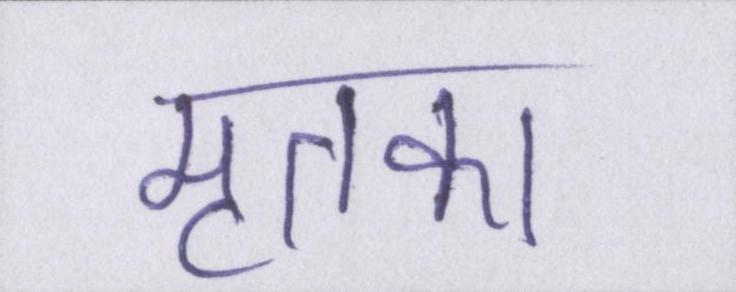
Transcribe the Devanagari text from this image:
मृतका